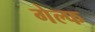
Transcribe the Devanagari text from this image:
गेल्फ